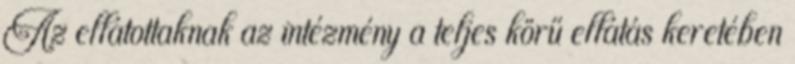
Az ellátottaknak az intézmény a teljes körű ellátás keretében